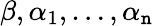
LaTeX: \beta,\alpha_{1},\ldots,\alpha_{\mathtt{n}}